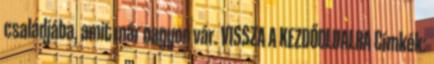
családjába, amit már nagyon vár. VISSZA A KEZDŐOLDALRA Címkék: